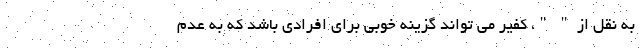
به نقل از " "، کفیر می تواند گزینه خوبی برای افرادی باشد که به عدم